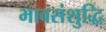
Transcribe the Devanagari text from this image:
भावसंशुद्धि